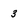
Character: 3